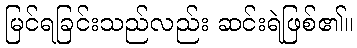
မြင်ရခြင်းသည်လည်း ဆင်းရဲဖြစ်၏။